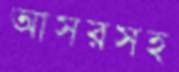
আসরসহ